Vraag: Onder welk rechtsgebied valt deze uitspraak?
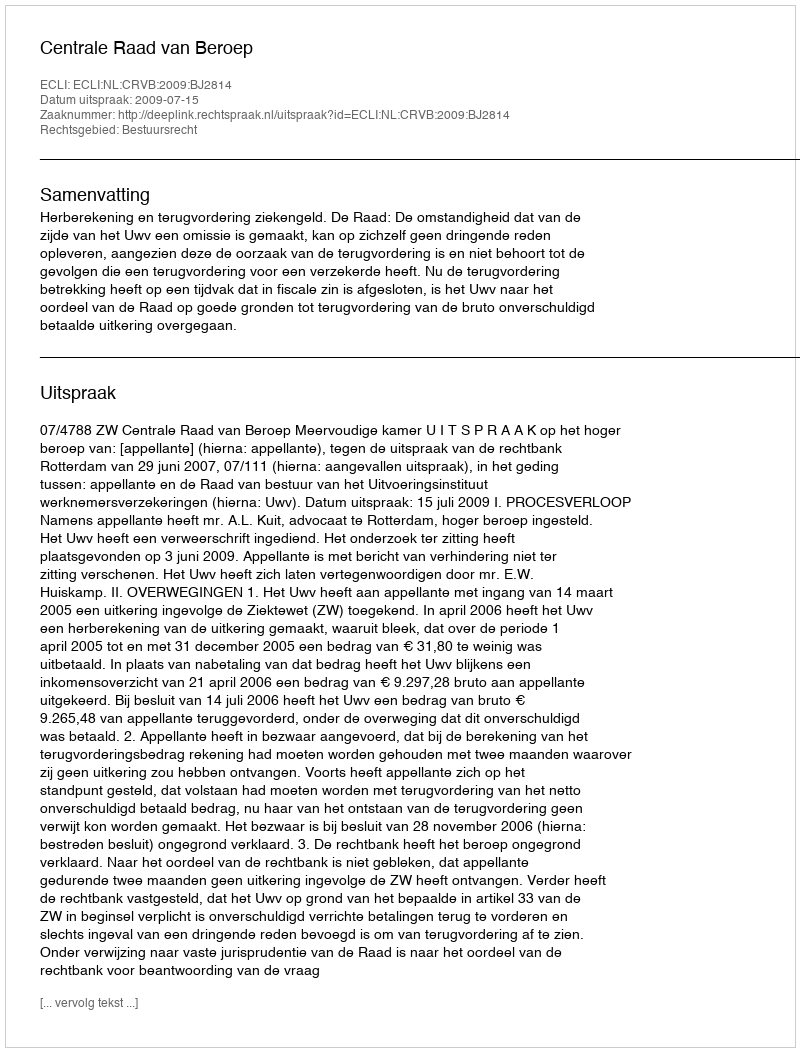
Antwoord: Bestuursrecht